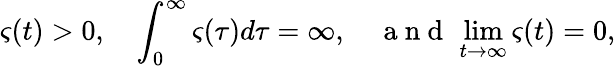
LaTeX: \varsigma(t)>0,\quad\int_{0}^{\infty}\varsigma(\tau)d\tau=\infty,\quad\mathrm{~a~n~d~}\, \operatorname*{lim}_{t\rightarrow\infty}\varsigma(t)=0,